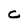
Character: C